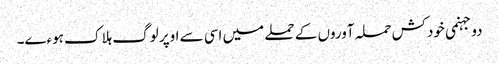
دو جہنمی خودکش حملہ آوروں کے حملے میں اسی سے اوپر لوگ ہلاک ہوءے۔